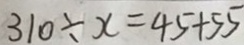
3 1 0 \div x = 4 5 + 5 5